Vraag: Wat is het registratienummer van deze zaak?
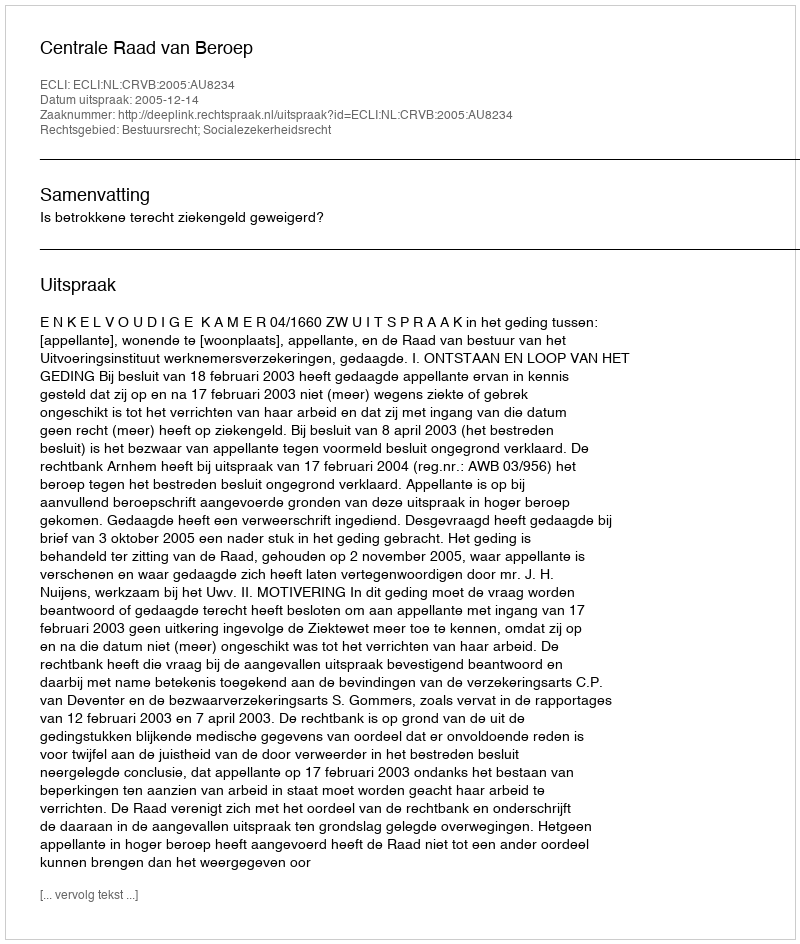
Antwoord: http://deeplink.rechtspraak.nl/uitspraak?id=ECLI:NL:CRVB:2005:AU8234